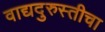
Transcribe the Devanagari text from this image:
वाद्यदुरुस्तीचा